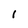
Character: l